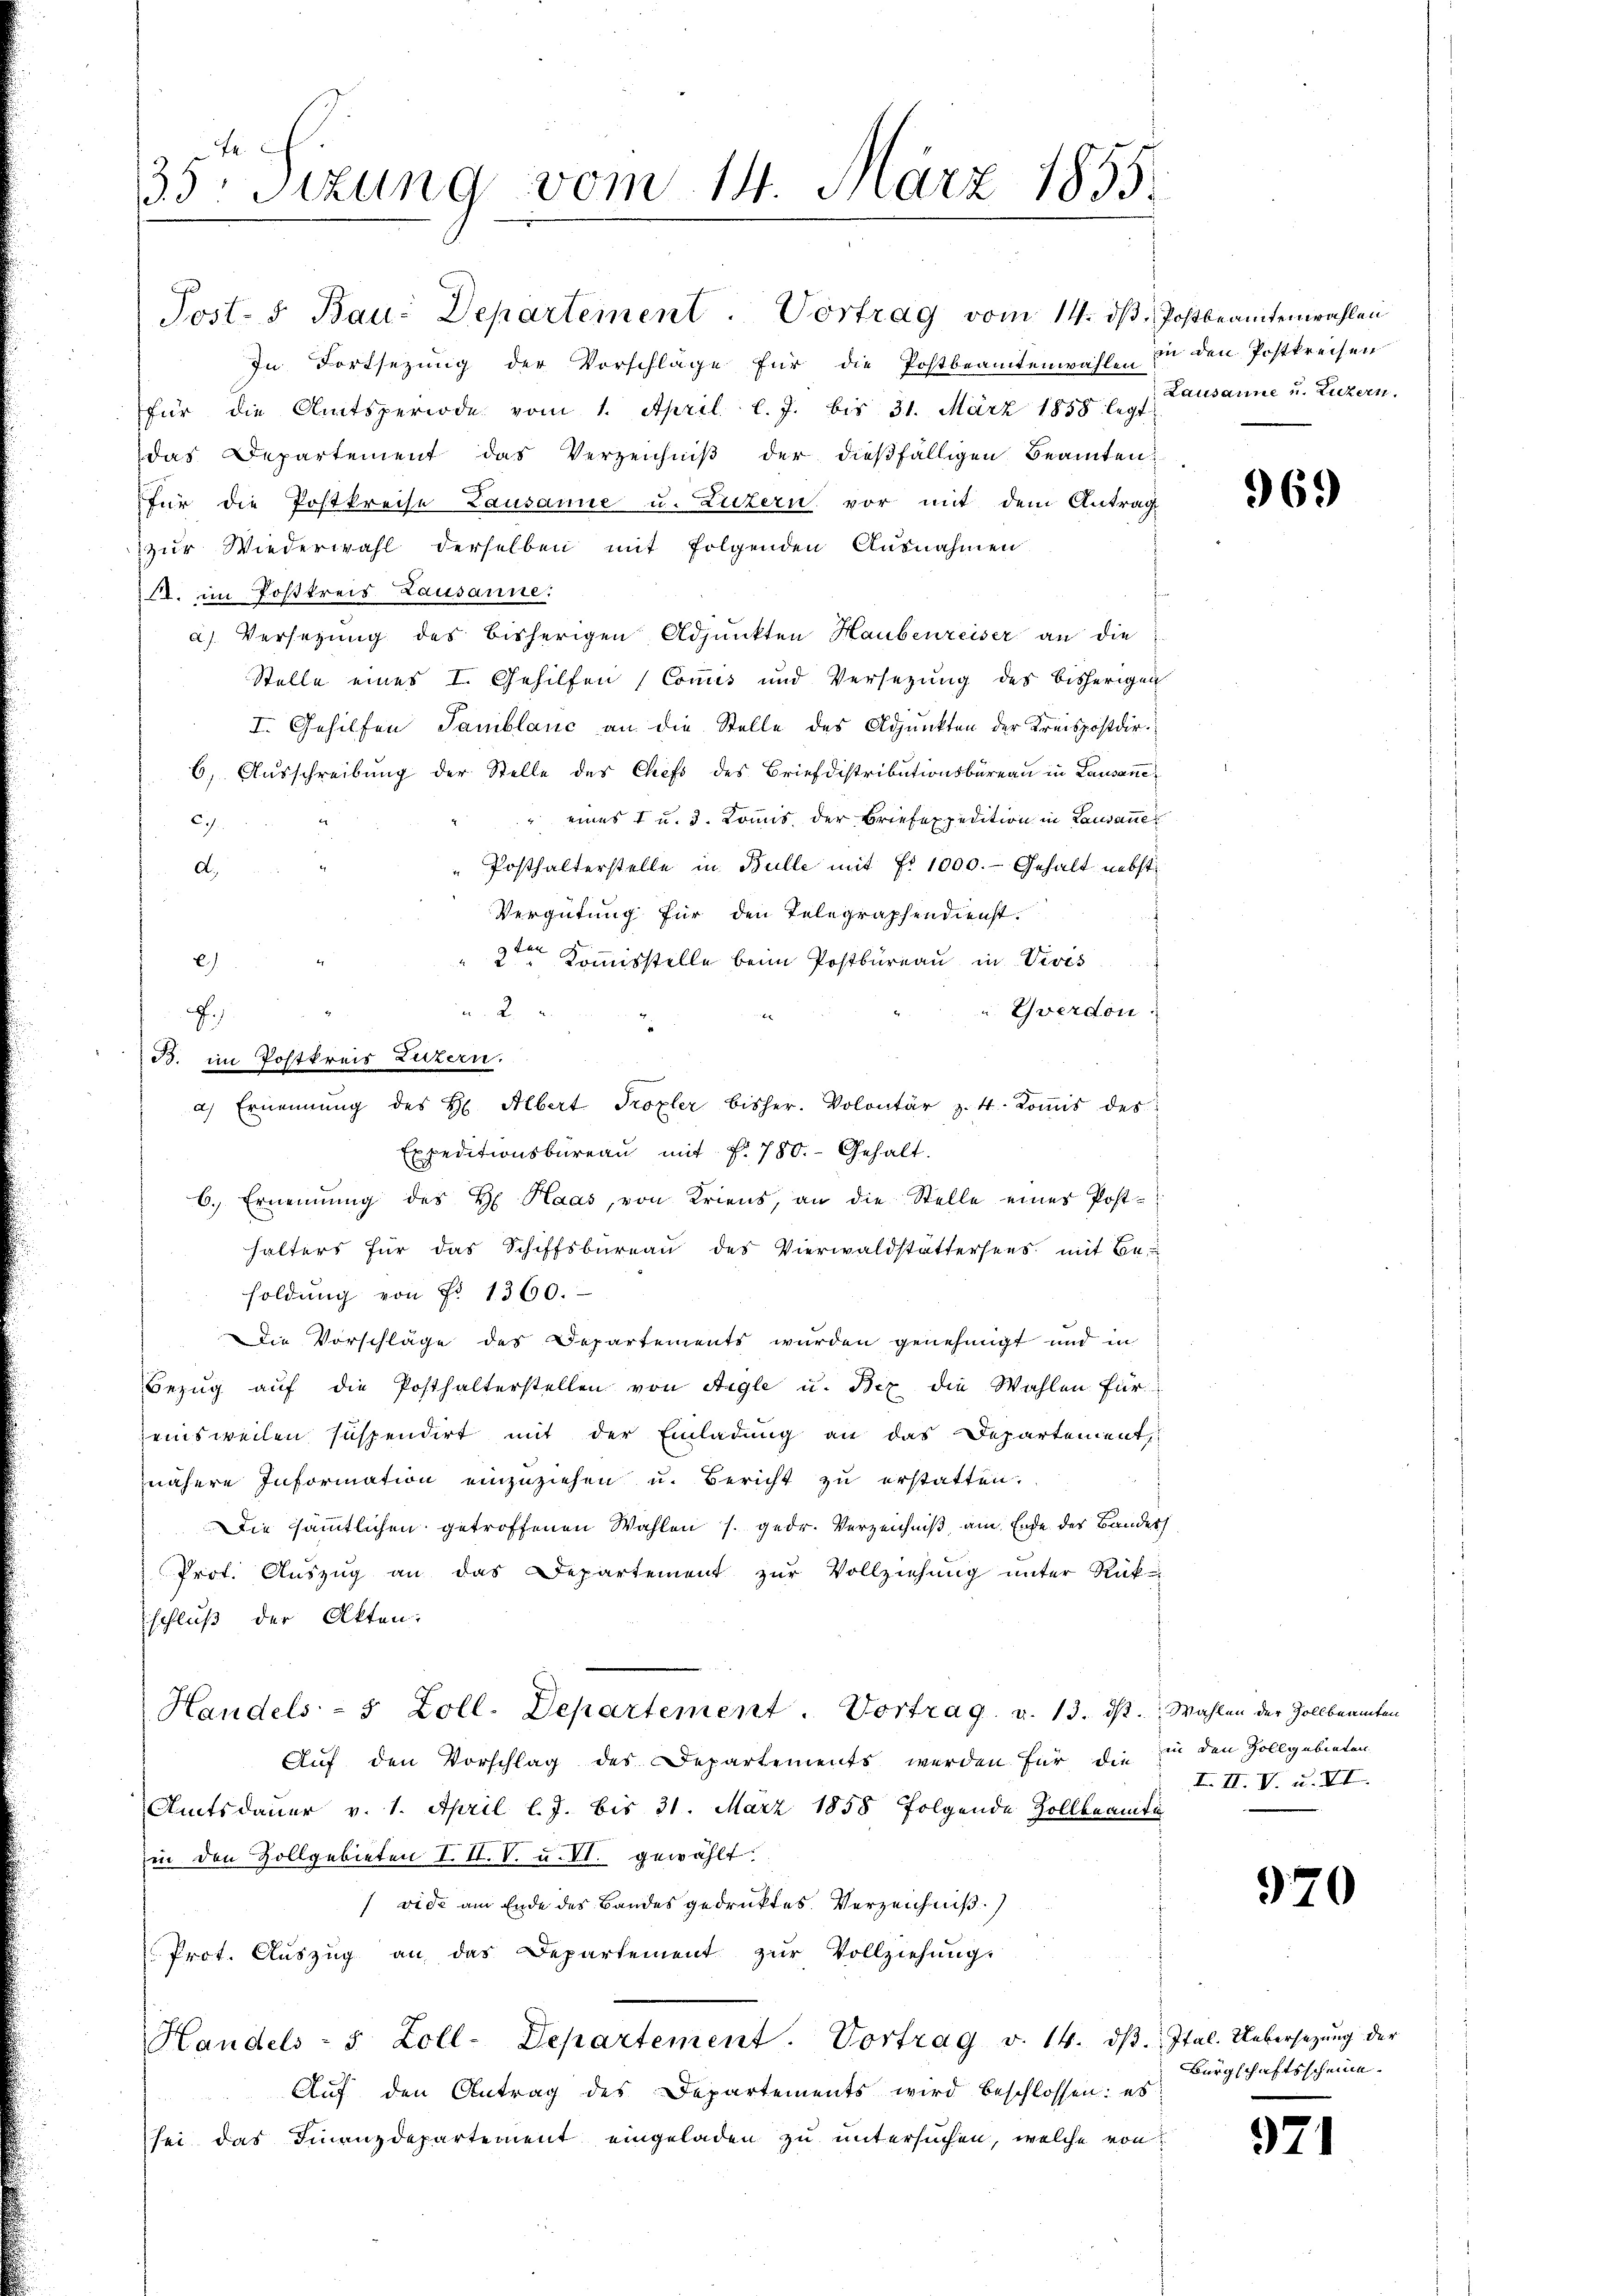
.
33: Sizung vom 14. März 1855.

Post- & Bau: Departement. Vortrag vom 14. ds. Jostbeamtenwahlen
In Fortsezung der Vorschläge für die Postbeamtenwahl in den Postkreisen
für die Amtsperiode vom 1. April l. J. bis 31. März 1858 legt
das Departement das Verzeichniβ der dießfälligen Beamten
für die Postkreise Lausanne u. Luzern vor mit dem Antrag
zur Wiederwahl derselben mit folgenden Ausnahmen
A. im Postkreis Lausanne:
a) Versezung des bisherigen Adjunkten Haubenreiser an die
Stelle eines I. Gehilfen (Commis und Versezung des bisherigen
I. Gehilfen Samblanc an die Stelle des Adjunkten der Kreispostdir.
6) Ausschreibung der Stelle des Chefs des Briefdistributionsbüreau in Lausane
" eines I u. 3. Kommis der Briefexpedition in Lausanne
i
67.
Posthalterstelle in Bulle mit fr. 1000.- Gehalt nebst
d.
Vergütung für den Telegraphendienst.
2ten Kommisstelle beim Postbureau in Vivis
)
uthverdon
Expeditionsbüreau mit f. 780. Gehalt.
6.) Ernennung des H. Haas, von Kriens, an die Stelle eines Posthalters für das Schiffsbüreaŭ des Vierwaldstättersees mit Be-
soldŭng von Fr. 1360.
Die Vorschläge des Departements wurden genehmigt und in
Bezŭg aŭf die Posthalterstellen von Aigle u. Bex die Wahlen für
eisweilen suspendirt mit der Einladung an das Departement
nähere Information einzuziehen u. Bericht zu erstatten.
Die sämmtlichen getroffenen Wahlen s. gedr. Verzeichniß, am Ende des Banders
Prof. Aŭszŭg an das Departement zŭr Vollziehŭng ŭnter Rück-
schluß der Akten.
Handels- 5 Zoll. Departement. Vortrag. v. 13. dβ. Wahlen der Zollbeamten
Auf den Vorschlag des Departements werden für die
Amtsdauer v. 1. April l. J. bis 31. März 1858 folgende Zollbeamte
in den Zollgebieten I. II. V. u. VI. gewählt.
vide am Ende des Bandes gedruktes. Verzeichnis.
Prot. Aŭszŭg an das Departement zŭr Vollziehŭng
Handels- 5 Zoll-Departement. Vortrag v. 14. dβ. Ital. Uebersezung der
Auf den Antrag des Departements wird beschlossen: es
sei das Finanzdepartement eingeladen zu untersuchen, welche von

A.)
x
B. im Postkreis Luzern.
a) Ernennung des H Albert Troxler bisher. Volontär z. 4. Koṁis des

Lausanne u. Luzern.

969

in den Zollgebieten.
III. V. u. VI.

970

Bürgschaftsscheine

971